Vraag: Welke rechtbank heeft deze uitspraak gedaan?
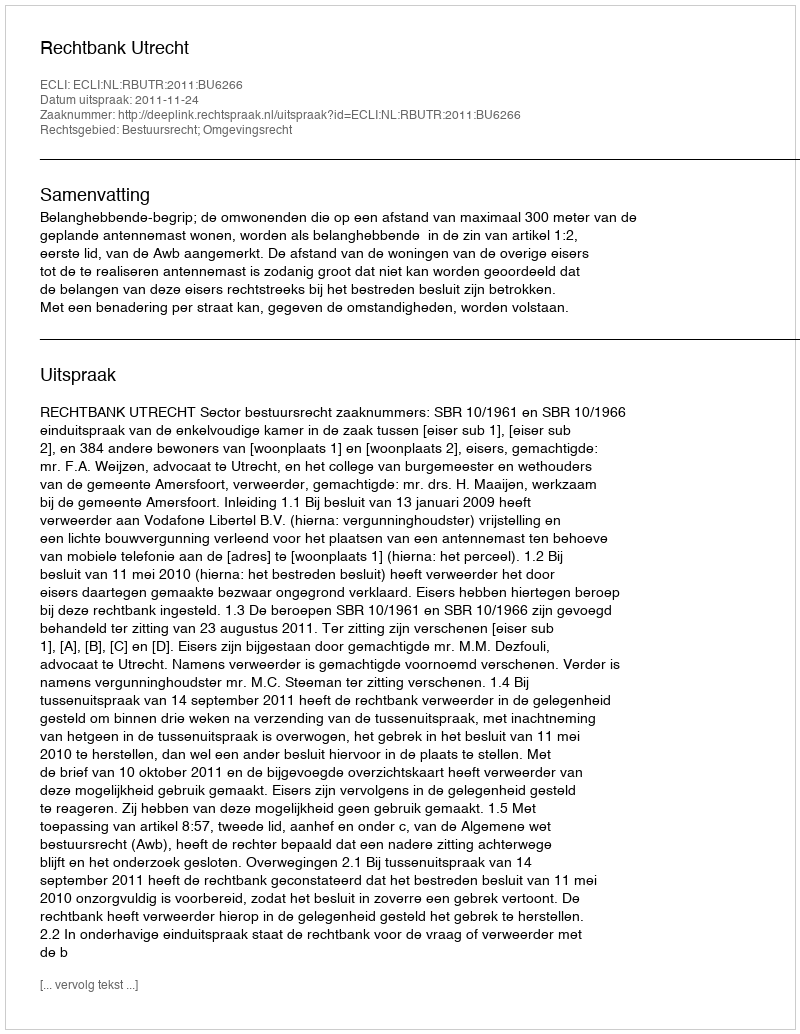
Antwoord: Rechtbank Utrecht